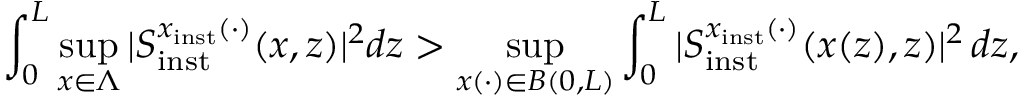
\int _ { 0 } ^ { L } \operatorname* { s u p } _ { x \in \Lambda } \vert S _ { \mathrm { i n s t } } ^ { x _ { \mathrm { i n s t } } ( \cdot ) } ( x , z ) \vert ^ { 2 } d z > \operatorname* { s u p } _ { x ( \cdot ) \in B ( 0 , L ) } \int _ { 0 } ^ { L } \vert S _ { \mathrm { i n s t } } ^ { x _ { \mathrm { i n s t } } ( \cdot ) } ( x ( z ) , z ) \vert ^ { 2 } \, d z ,